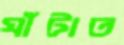
ঘাঁটাত